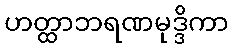
ဟတ္ထာဘရဏမုဒ္ဒိကာ